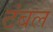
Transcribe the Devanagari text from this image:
टंबल